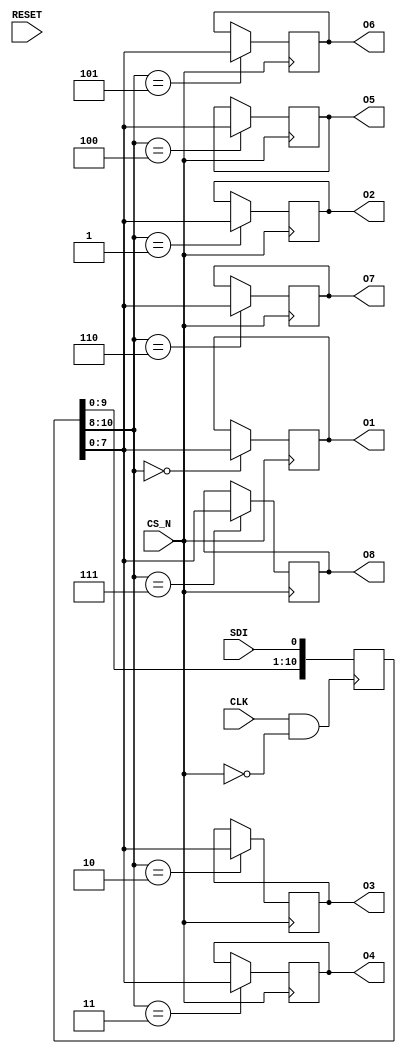
module AD8803 (O1, O2, O3, O4, O5, O6, O7, O8, SDI, CLK, CS_N, RESET);

   input                SDI;				// serial data in
   input                CLK;				// serial data clock

   input                CS_N;				// chip select

   input                RESET;				// system reset

   output [07:00]	O1;				// DAC 1 voltage output 
   output [07:00]	O2;				// DAC 2 voltage output 
   output [07:00]	O3;				// DAC 3 voltage output 
   output [07:00]	O4;				// DAC 4 voltage output 
   output [07:00]	O5;				// DAC 5 voltage output 
   output [07:00]	O6;				// DAC 6 voltage output 
   output [07:00]	O7;				// DAC 7 voltage output 
   output [07:00]	O8;				// DAC 8 voltage output 


// *******************************************************************************************************
// **   DECLARATIONS                                                            			**
// *******************************************************************************************************

   reg  [10:00]         ShiftRegister;         		// serial shift register
   wire			ShiftClock;			// shift register clock

   reg  [07:00]         O1;              		// DAC 1 output voltage
   reg  [07:00]         O2;              		// DAC 2 output voltage
   reg  [07:00]         O3;              		// DAC 3 output voltage
   reg  [07:00]         O4;              		// DAC 4 output voltage
   reg  [07:00]         O5;              		// DAC 5 output voltage
   reg  [07:00]         O6;              		// DAC 6 output voltage
   reg  [07:00]         O7;              		// DAC 7 output voltage
   reg  [07:00]         O8;              		// DAC 8 output voltage


// *******************************************************************************************************
// **   INITIALIZATION                                                          			**
// *******************************************************************************************************

   initial begin
      O1 = 8'hXX;
      O2 = 8'hXX;
      O3 = 8'hXX;
      O4 = 8'hXX;
      O5 = 8'hXX;
      O6 = 8'hXX;
      O7 = 8'hXX;
      O8 = 8'hXX;
   end


// *******************************************************************************************************
// **   CORE LOGIC                                                					**
// *******************************************************************************************************

   assign ShiftClock = CLK & !CS_N;

   always @(posedge ShiftClock) begin
      ShiftRegister[00] <= SDI;
      ShiftRegister[01] <= ShiftRegister[00];
      ShiftRegister[02] <= ShiftRegister[01];
      ShiftRegister[03] <= ShiftRegister[02];
      ShiftRegister[04] <= ShiftRegister[03];
      ShiftRegister[05] <= ShiftRegister[04];
      ShiftRegister[06] <= ShiftRegister[05];
      ShiftRegister[07] <= ShiftRegister[06];
      ShiftRegister[08] <= ShiftRegister[07];
      ShiftRegister[09] <= ShiftRegister[08];
      ShiftRegister[10] <= ShiftRegister[09];
   end

   always @(posedge CS_N) begin
      case (ShiftRegister[10:08])
         3'h0 : O1 <= ShiftRegister[07:00];
         3'h1 : O2 <= ShiftRegister[07:00];
         3'h2 : O3 <= ShiftRegister[07:00];
         3'h3 : O4 <= ShiftRegister[07:00];
         3'h4 : O5 <= ShiftRegister[07:00];
         3'h5 : O6 <= ShiftRegister[07:00];
         3'h6 : O7 <= ShiftRegister[07:00];
         3'h7 : O8 <= ShiftRegister[07:00];
      endcase
   end


// *******************************************************************************************************
// **   TIMING CHECKS                                                           			**
// *******************************************************************************************************

   specify
      specparam
         tCH  = 15,              			// CLK pulse width - high
         tCL  = 15,              			// CLK pulse width - low
         tDS  = 5,               			// SDI to CLK setup time
         tDH  = 5,               			// SDI to CLK hold  time
         tCSS = 10,               			// CS_N to CLK setup time
         tCSH = 15,               			// CS_N to CLK hold  time
         tCSW = 10;               			// CS_N pulse width - high

      $width (posedge CLK,  tCH);
      $width (negedge CLK,  tCL);
      $width (posedge CS_N, tCSW);

      $setup (SDI,  posedge CLK &&& (RESET==0), tDS);
      $setup (CS_N, posedge CLK &&& (RESET==0), tCSS);

      $hold  (posedge CLK &&& (RESET==0), SDI,  tDH);
      $hold  (posedge CLK &&& (RESET==0), CS_N, tCSH);
   endspecify

endmodule